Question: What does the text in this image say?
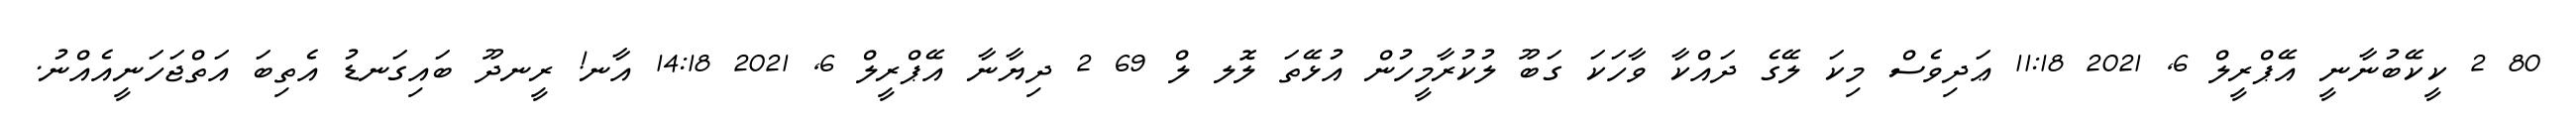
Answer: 80 2 ކީކޭބުނާނީ އޭޕްރީލް 6, 2021 11:18 ޢަދިވެސް މިކަ ލޭގެ ދައްކާ ވާހަކަ ގަބޫ ލުކުރާމީހުން އުޅޭތަ ލޮލ ލް 69 2 ދިޔާނާ އޭޕްރީލް 6, 2021 14:18 އާނ! ރީނދޫ ބައިގަނޑު އެތިބަ އަތްޖަހަނީއެއްނު.